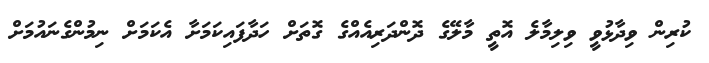
ކުރިން ވިދާޅުވީ ވިލިމާލެ އޮތީ މާލޭގެ ދޮންދަރިއެއްގެ ގޮތަށް ހަދާފައިކަމަށާ އެކަމަށް ނިމުންގެނައުމަށް